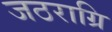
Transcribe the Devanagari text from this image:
जठराग्रि